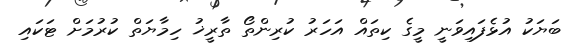
ބަޔަކު އުޅެފައިވަނީ މީގެ ކިތައް އަހަރު ކުރިންތޯ ތާރީޚު ހިމާޔަތް ކުރުމަށް ޓަކައި